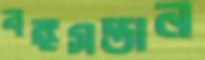
বঙ্গসন্তান